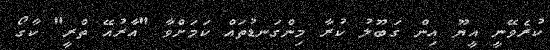
ކުރެވޭނީ އީޔޫ އިން ގަބޫލު ކުރާ މިންގަނޑުތައް ކަމަށްވާ "އާރުއޭ ތްރީ" ކާގޯ